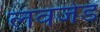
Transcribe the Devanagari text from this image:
लवजेड